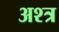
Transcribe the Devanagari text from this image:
अश्त्र